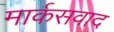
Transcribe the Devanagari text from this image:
मार्कसवाद